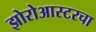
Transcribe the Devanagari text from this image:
झोरोआस्टरचा